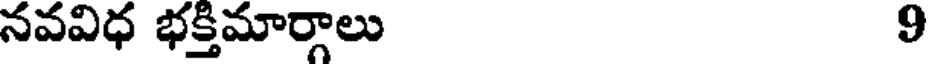
నవవిధ భక్తిమార్గాలు 9